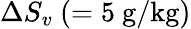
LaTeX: \Delta S_{v}~(=5\mathrm{\ g/kg)}